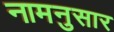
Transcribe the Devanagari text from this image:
नामनुसार